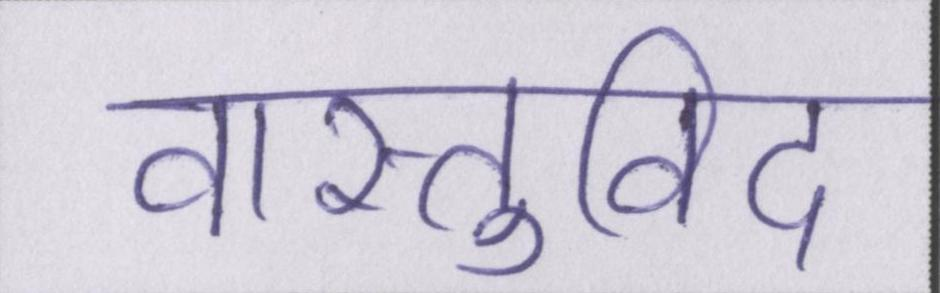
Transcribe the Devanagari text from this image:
वास्तुविद